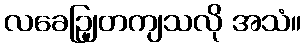
လခေဉျြတကျသလို အသံ။